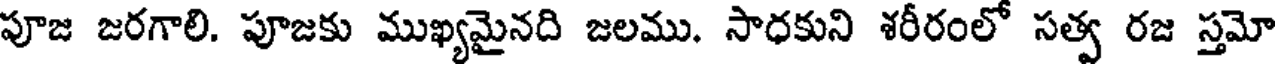
పూజ జరగాలి. పూజకు ముఖ్యమైనది జలము. సాధకుని శరీరంలో సత్వ రజ స్తమో